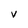
Character: v